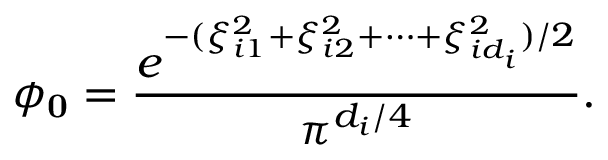
\phi _ { \bf 0 } = \frac { e ^ { - ( \xi _ { i 1 } ^ { 2 } + \xi _ { i 2 } ^ { 2 } + \cdots + \xi _ { i d _ { i } } ^ { 2 } ) / 2 } } { \pi ^ { d _ { i } / 4 } } .